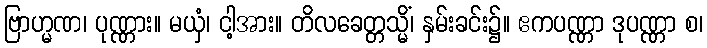
ဗြာဟ္မဏ၊ ပုဏ္ဏား။ မယှံ၊ ငါ့အား။ တိလခေတ္တသ္မိံ၊ နှမ်းခင်း၌။ ဧကပဏ္ဏာ ဒုပဏ္ဏာ စ၊